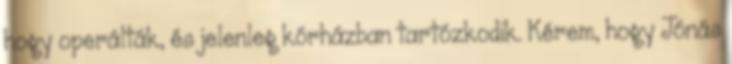
hogy operálták, és jelenleg kórházban tartózkodik. Kérem, hogy Jónás